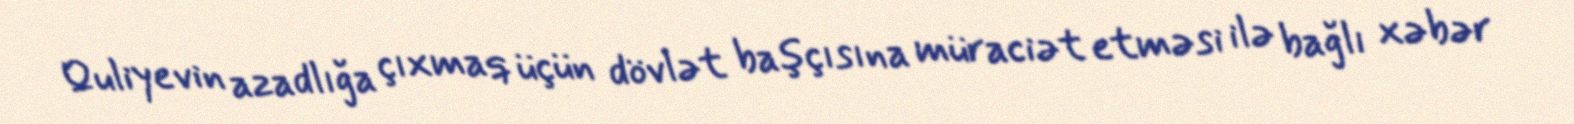
Quliyevin azadlığa çıxmaq üçün dövlət başçısına müraciət etməsi ilə bağlı xəbər